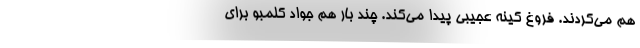
هم می‌کردند. فروغ کینه عجیبی پیدا می‌کند. چند بار هم جواد کلمبو برای